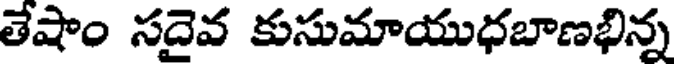
తేషాం సదైవ కుసుమాయుధబాణభిన్న